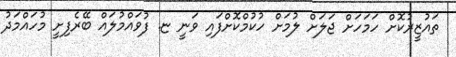
ތައުޒީރުކޮށް ހަމަހަށް ޖަލަށް ލުމަށް ހުކުމްކޮށްފައި ވަނީ ޏ. ފުވައްމުލައް ބޭރެފިށީ މުހައްމަދު